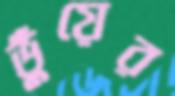
ভুঁয়ের